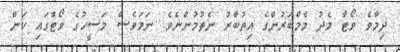
ދިމާވެ ވޯޓާ މެދު މެމްބަރުންގެ އިތުބާރު ނެތުމުންނެވެ. ނަމަވެސް މަސީހުގެ ވޯޓްގައި ކަން